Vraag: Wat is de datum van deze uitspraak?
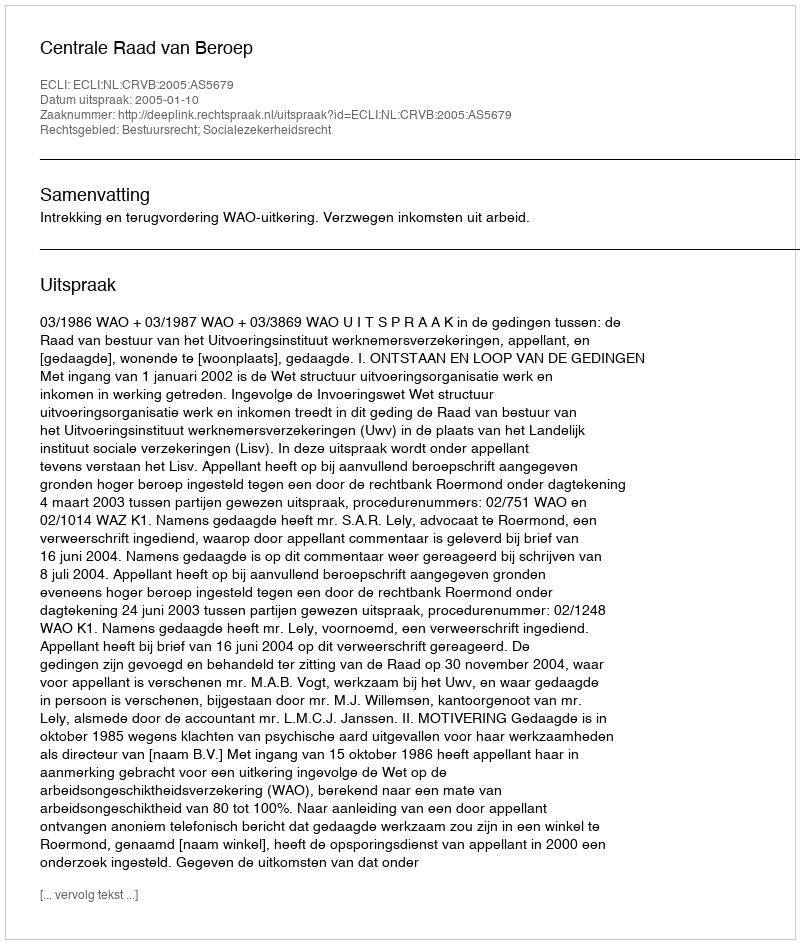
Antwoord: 2005-01-10